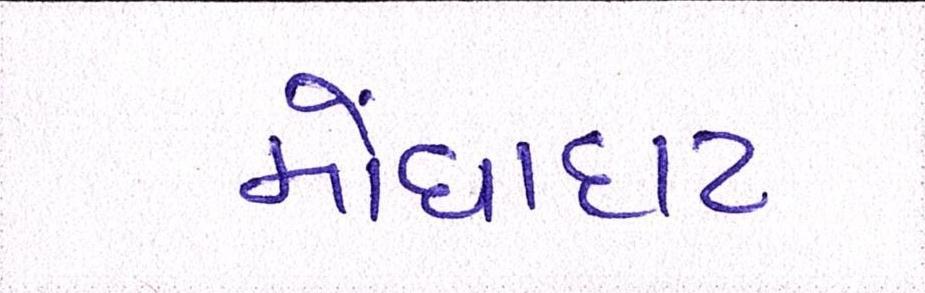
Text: મોંઘાદાટ